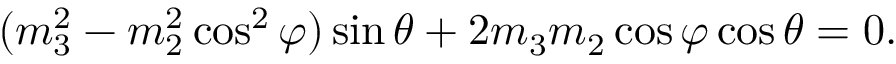
\begin{array} { r } { ( m _ { 3 } ^ { 2 } - m _ { 2 } ^ { 2 } \cos ^ { 2 } \varphi ) \sin \theta + 2 m _ { 3 } m _ { 2 } \cos \varphi \cos \theta = 0 . } \end{array}